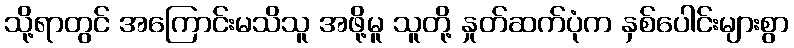
သို့ရာတွင် အကြောင်းမသိသူ အဖို့မူ သူတို့ နှုတ်ဆက်ပုံက နှစ်ပေါင်းများစွာ